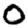
Digit: 0